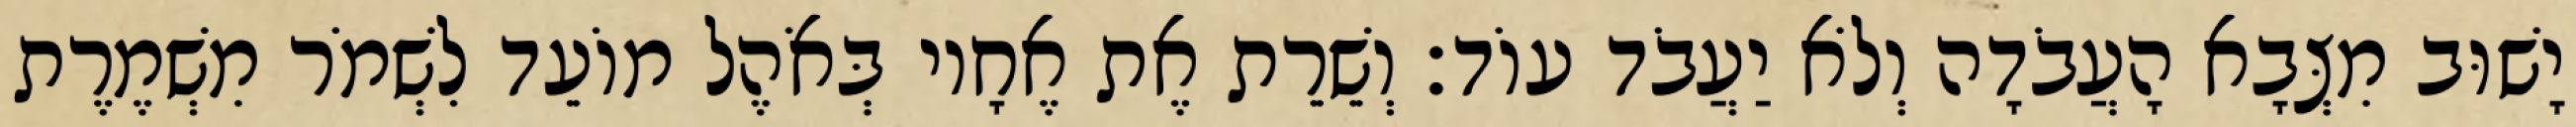
יָשׁוּב מִצְּבָא הָעֲבֹדָה וְלֹא יַעֲבֹד עוֹד׃ וְשֵׁרֵת אֶת אֶחָיו בְּאֹהֶל מוֹעֵד לִשְׁמֹר מִשְׁמֶרֶת